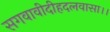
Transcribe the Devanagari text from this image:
सगवावीदीहदलवासा।।